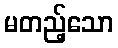
မတည့်သော